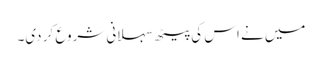
میں نے اس کی پیٹھ سہلانی شروع کر دی۔